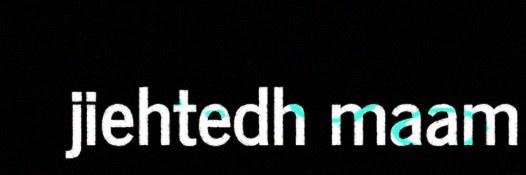
jiehtedh maam